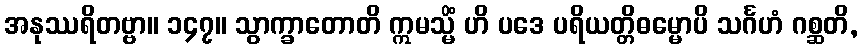
အနုဿရိတဗ္ဗာ။ ၁၄၇။ သွာက္ခာတောတိ ဣမသ္မိံ ဟိ ပဒေ ပရိယတ္တိဓမ္မောပိ သင်္ဂဟံ ဂစ္ဆတိ,